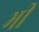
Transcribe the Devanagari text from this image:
भी